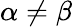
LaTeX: \alpha\neq\beta